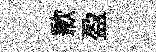
歉盈